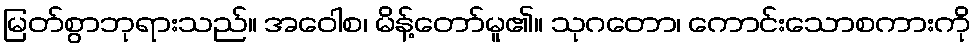
မြတ်စွာဘုရားသည်။ အဝေါစ၊ မိန့်တော်မူ၏။ သုဂတော၊ ကောင်းသောစကားကို